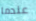
عندما